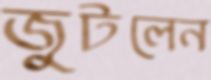
জুটলেন